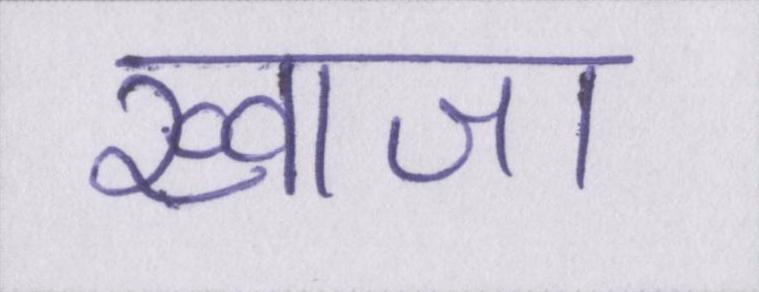
ख्वाजा